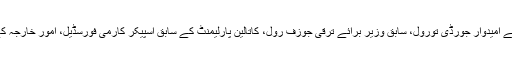
یاد رہے کہ یہ مظاہرے ’کاتالین حکومت کے سابق ترجمان اور صدارتی انتخابات کے امیدوار جورڈی تورول، سابق وزیر برائے ترقی جوزف رول، کاتالین پارلیمنٹ کے سابق اسپیکر کارمی فورسڈیل، امور خارجہ کے سربراہ راؤل رومیوا‘ سمیت آٹھ رہنماوں کے وارنٹ جاری ہونے بعد شروع تھے۔